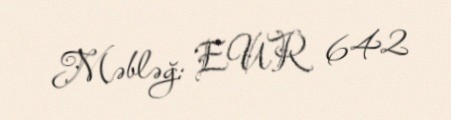
Məbləğ: EUR 642